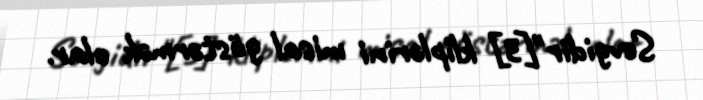
Sevgidir"[3] kliplərini misal göstərmək olar.